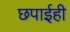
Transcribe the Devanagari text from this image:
छपाईही